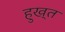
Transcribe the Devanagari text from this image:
हुख्त